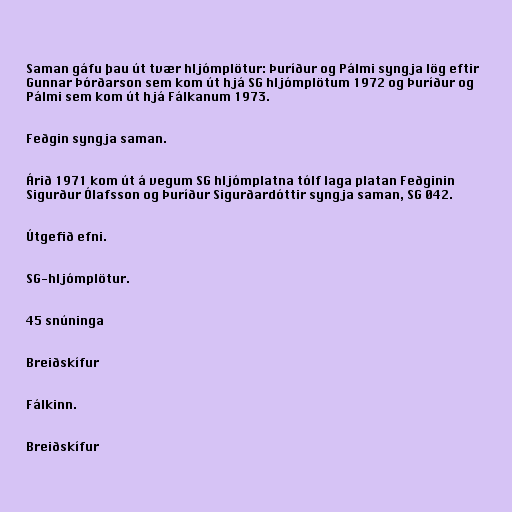
Saman gáfu þau út tvær hljómplötur: Þuríður og Pálmi syngja lög eftir
Gunnar Þórðarson sem kom út hjá SG hljómplötum 1972 og Þuríður og
Pálmi sem kom út hjá Fálkanum 1973.

Feðgin syngja saman.

Árið 1971 kom út á vegum SG hljómplatna tólf laga platan Feðginin
Sigurður Ólafsson og Þuríður Sigurðardóttir syngja saman, SG 042.

Útgefið efni.

SG-hljómplötur.

45 snúninga

Breiðskífur

Fálkinn.

Breiðskífur